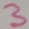
Text: 3